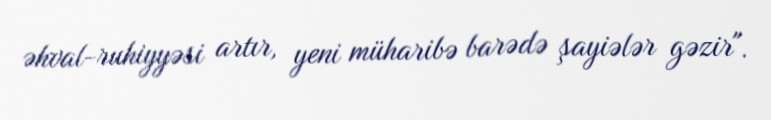
əhval-ruhiyyəsi artır, yeni müharibə barədə şayiələr gəzir".